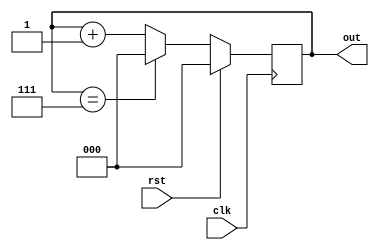
module modN_Counter(clk,rst,out);

input clk,rst;
output reg [width-1:0]out;
parameter N=8;
parameter width=3;

always @ (posedge clk)
begin
	if(rst)
       out=0;
	else
   begin
	    if(out==N-1)
			out=0;
		 else
			out=out+1;
	end
end
endmodule